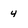
Character: 4